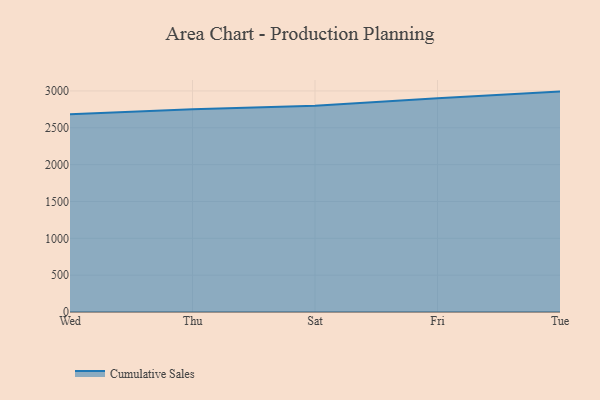
{"axis": {"x": "Day", "y": "Satisfaction Score"}, "legend": ["Cumulative Sales"], "data": [{"x": "Wed", "y": 2683.3, "type": "Cumulative Sales"}, {"x": "Thu", "y": 2752.8, "type": "Cumulative Sales"}, {"x": "Sat", "y": 2800.1, "type": "Cumulative Sales"}, {"x": "Fri", "y": 2901.8, "type": "Cumulative Sales"}, {"x": "Tue", "y": 2991.0, "type": "Cumulative Sales"}]}